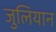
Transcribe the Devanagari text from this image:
जुलियान